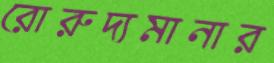
রোরুদ্যমানার